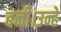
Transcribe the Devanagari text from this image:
बनी।उन्हे